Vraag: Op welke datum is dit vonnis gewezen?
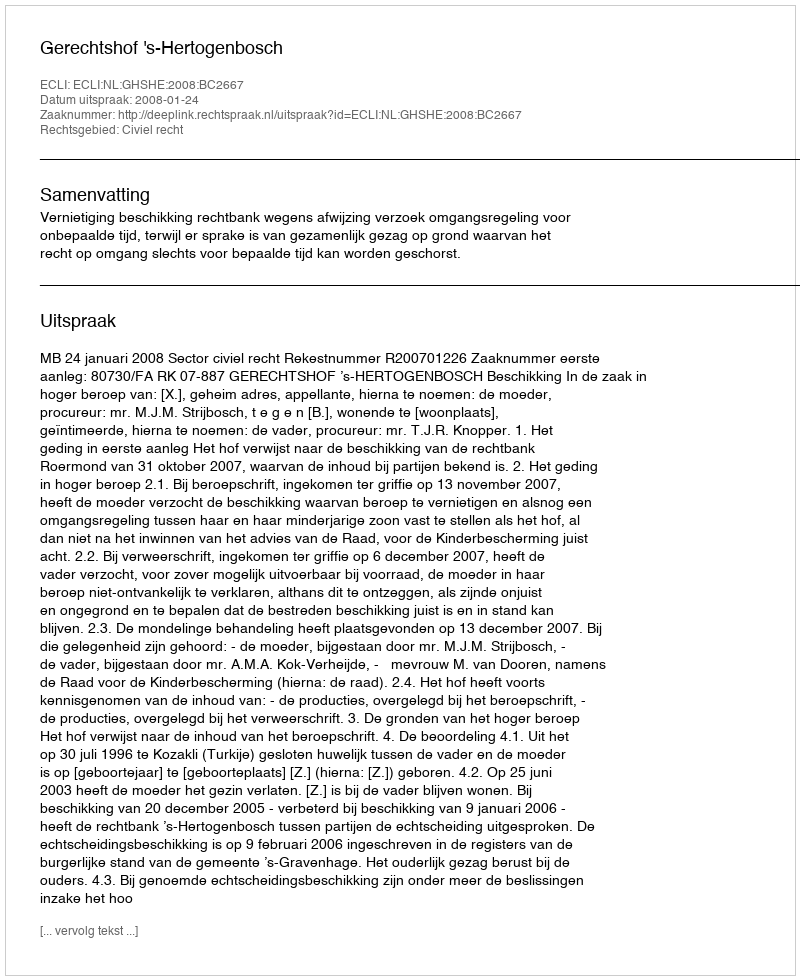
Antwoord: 2008-01-24